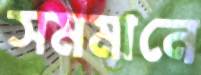
সমমানে